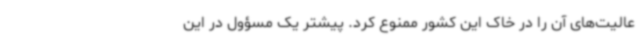
عالیت‌های آن را در خاک این کشور ممنوع کرد. پیشتر یک مسؤول در این